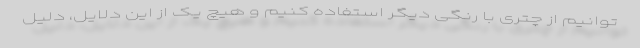
توانیم از چتری با رنگی دیگر استفاده کنیم و هیچ یک از این دلایل، دلیل